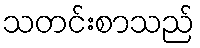
သတင်းစာသည်